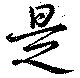
是